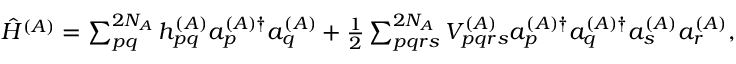
\begin{array} { r } { \hat { H } ^ { ( A ) } = \sum _ { p q } ^ { 2 N _ { A } } h _ { p q } ^ { ( A ) } a _ { p } ^ { ( A ) \dagger } a _ { q } ^ { ( A ) } + \frac { 1 } { 2 } \sum _ { p q r s } ^ { 2 N _ { A } } V _ { p q r s } ^ { ( A ) } a _ { p } ^ { ( A ) \dagger } a _ { q } ^ { ( A ) \dagger } a _ { s } ^ { ( A ) } a _ { r } ^ { ( A ) } , } \end{array}